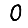
Digit: 0